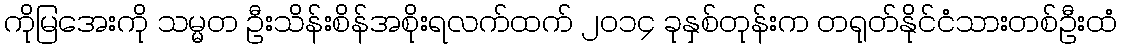
ကိုမြအေးကို သမ္မတ ဦးသိန်းစိန်အစိုးရလက်ထက် ၂၀၁၄ ခုနှစ်တုန်းက တရုတ်နိုင်ငံသားတစ်ဦးထံ